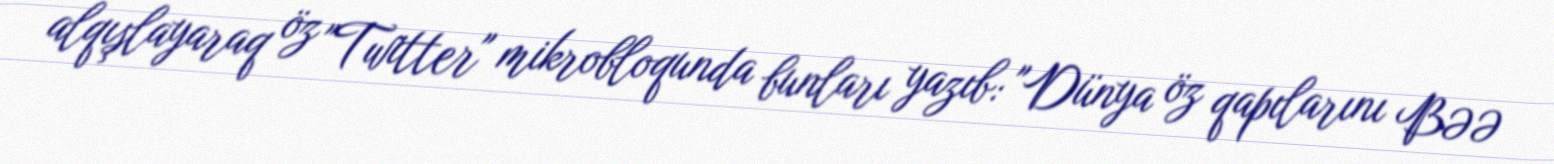
alqışlayaraq öz "Twitter" mikrobloqunda bunları yazıb: "Dünya öz qapılarını BƏƏ